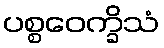
ပစ္စဝေက္ခိသံ